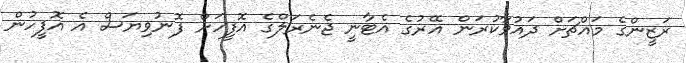
ރަޒީންގެ މައްޗަށް ދައުވާކުރަން އޭރުގެ އެޓާނީ ޖެނެރަލްގެ އޮފީހަށް ފޮނުވިޔަސް އެ އޮފީހުން